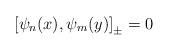
LaTeX: \begin{align*}\left [ \psi_n (x), \psi_m (y) \right ]_{\pm} = 0\quad\end{align*}